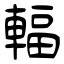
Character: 輻